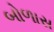
બોળાસ